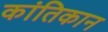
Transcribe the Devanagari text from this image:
कांतिकान